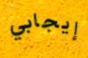
إيجابي